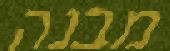
מבנה